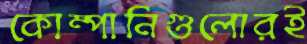
কোম্পানিগুলোরই